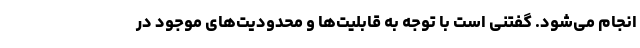
انجام می‌شود. گفتنی است با توجه به قابلیت‌ها و محدودیت‌های موجود در